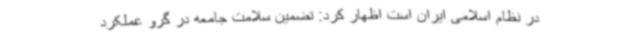
در نظام اسلامی ایران است اظهار کرد: تضمین سلامت جامعه در گرو عملکرد